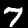
Label: 7